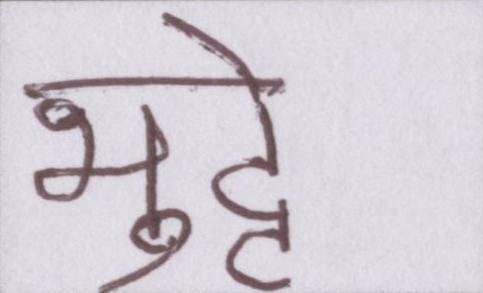
भुट्टे